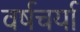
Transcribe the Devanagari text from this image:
वर्षचर्या